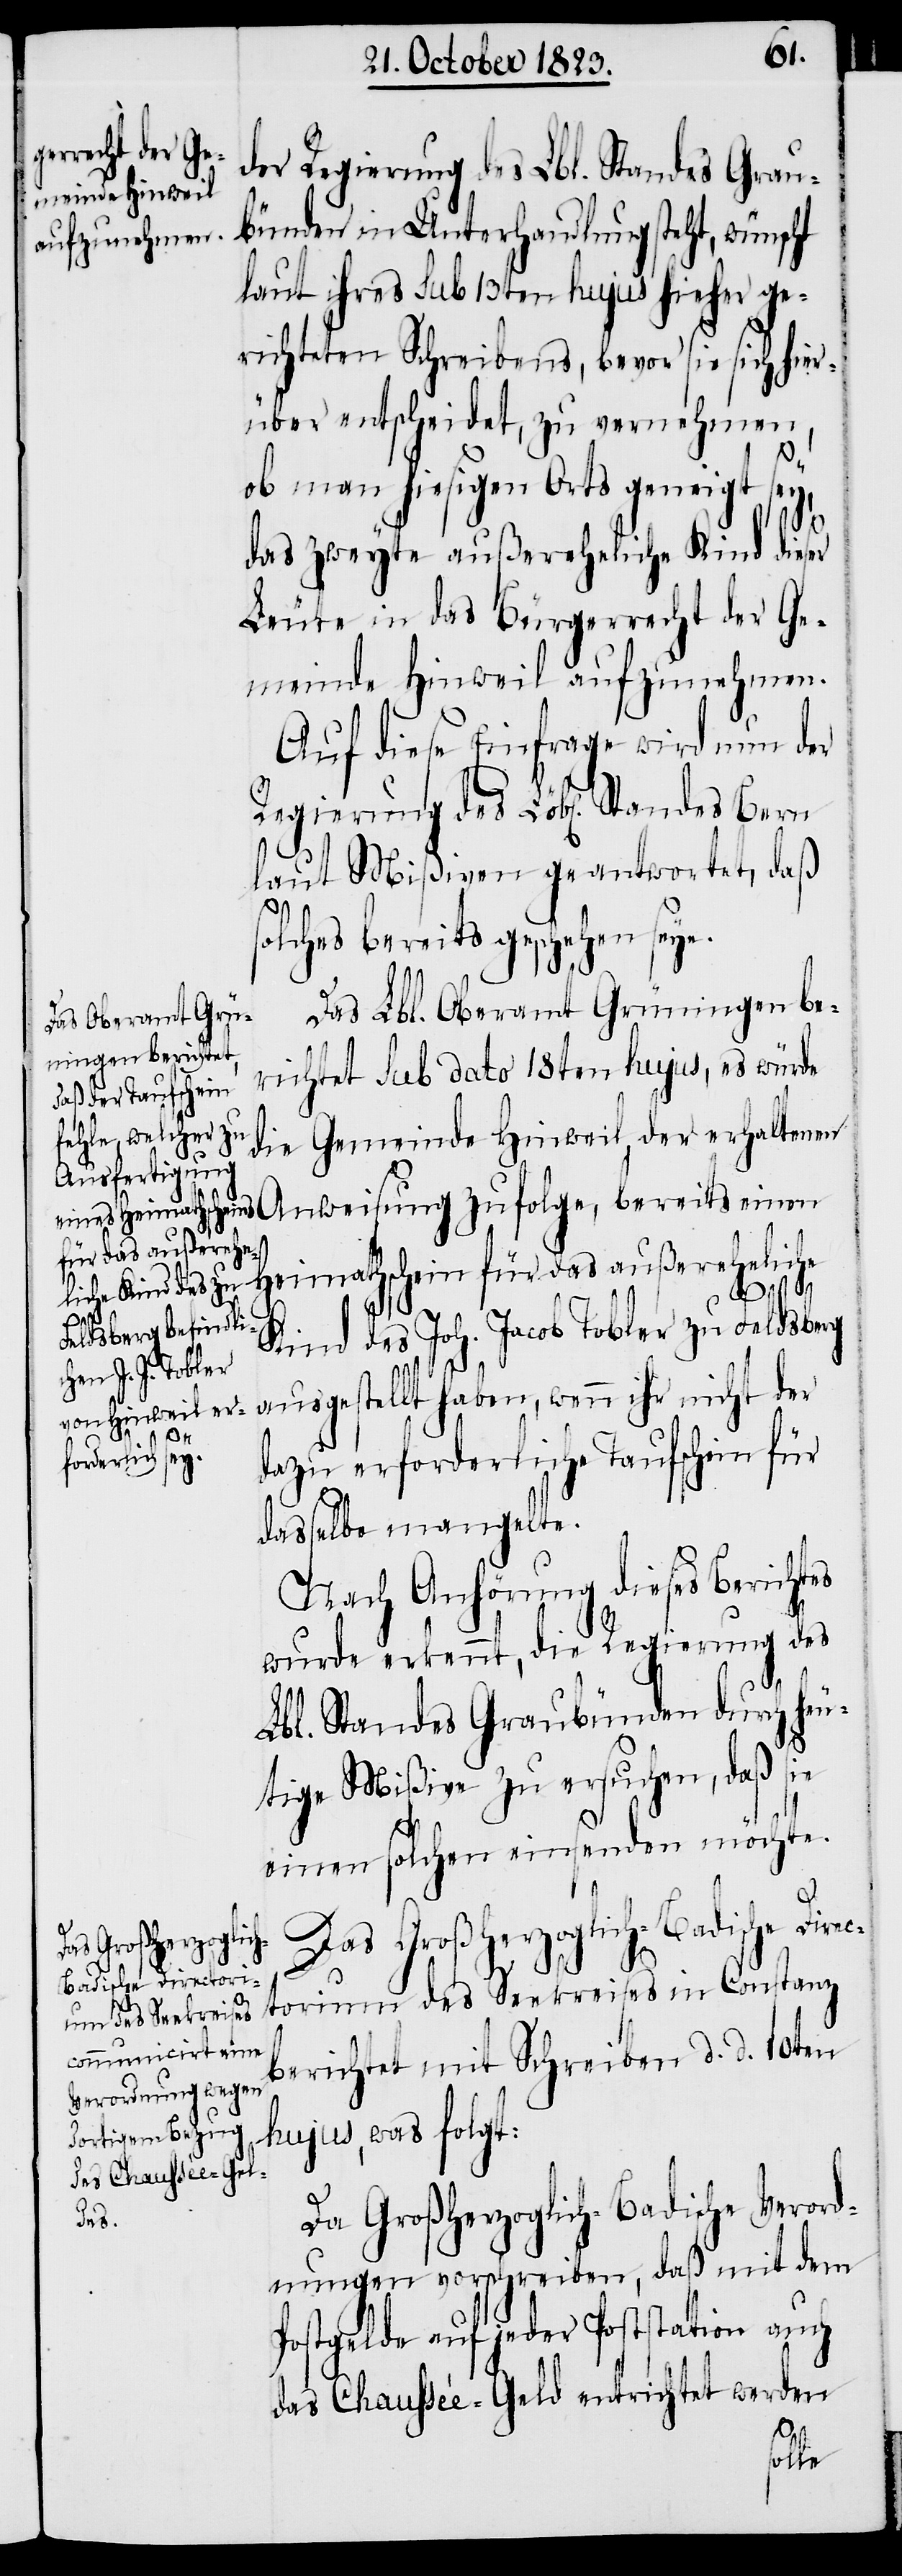
der Regierung des Lbl. Standes Grau¬
bünden in Unterhandlung steht, wünscht
laut ihres sub 13ten hujus hieher ge¬
richteten Schreibens, bevor sie sich hier¬
über entscheidet, zu vernehmen,
ob man hiesigen Orts geneigt sey,
das zweyte außereheliche Kind dieser
Leute in das Bürgerrecht der Ge¬
meinde Hinweil aufzunehmen.
Auf diese Einfrage wird nun der
laut Mißiven geantwortet, daß
solches bereits geschehen seye.
Das Lbl. Oberamt Grüningen be¬
richtet sub dato 18ten hujus, es würde
die Gemeinde Hinweil, der erhaltenen
Anweisung zufolge, bereits einen
Heimathschein für das außereheliche
Kind des Joh. Jacob Tobler zu Feldsberg
ausgestellt haben, wenn ihr nicht der
Bern
dazu erforderliche Taufschein für
dasselbe mangelte.
Nach Anhörung dieses Berichtes
wurde erkennt, die Regierung des
Lbl. Standes Graubünden durch heu¬
tige Mißive zu ersuchen, daß sie
einen solchen einsenden möchte.
Das Großherzoglich-Badische Direc¬
Regierung
torium des Seekreises in Constanz
berichtet mit Schreiben d. d. 10ten
hujus, was folgt:
Da Großherzoglich-Badische Verord¬
des
nungen vorschreiben, daß mit dem
Postgelde auf jeder Poststation auch
das Chaussée-Geld entrichtet werden